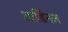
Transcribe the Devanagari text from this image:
आर्डिनल